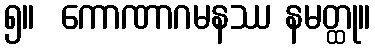
၅။  ကောဏာဂမနဿ နမတ္ထု။